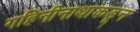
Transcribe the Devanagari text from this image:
गहिनीनाथाकडून